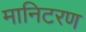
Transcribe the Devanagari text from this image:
मानिटरण